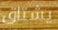
يشتاق